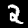
Label: 2